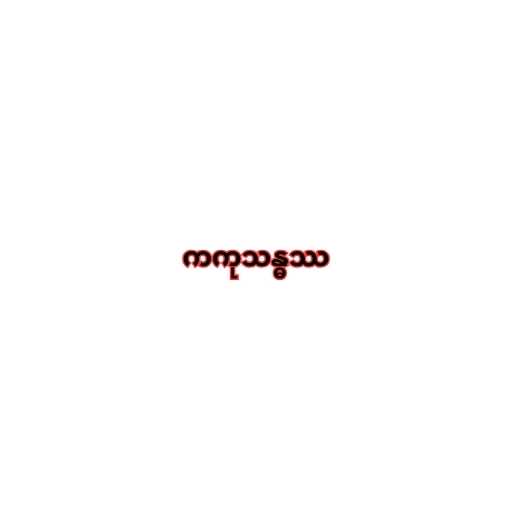
ကကုသန္ဓဿ